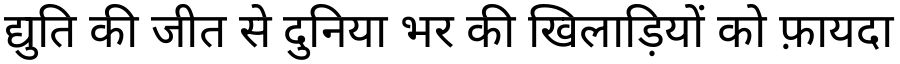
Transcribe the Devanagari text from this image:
द्युति की जीत से दुनिया भर की खिलाड़ियों को फ़ायदा